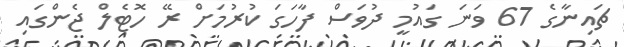
ޗައިނާގެ 67 ވަނަ ގައުމީ ދުވަސް ފާހަގަ ކުރުމަށް ރޭ ހޮޓެލް ޖެންގައި